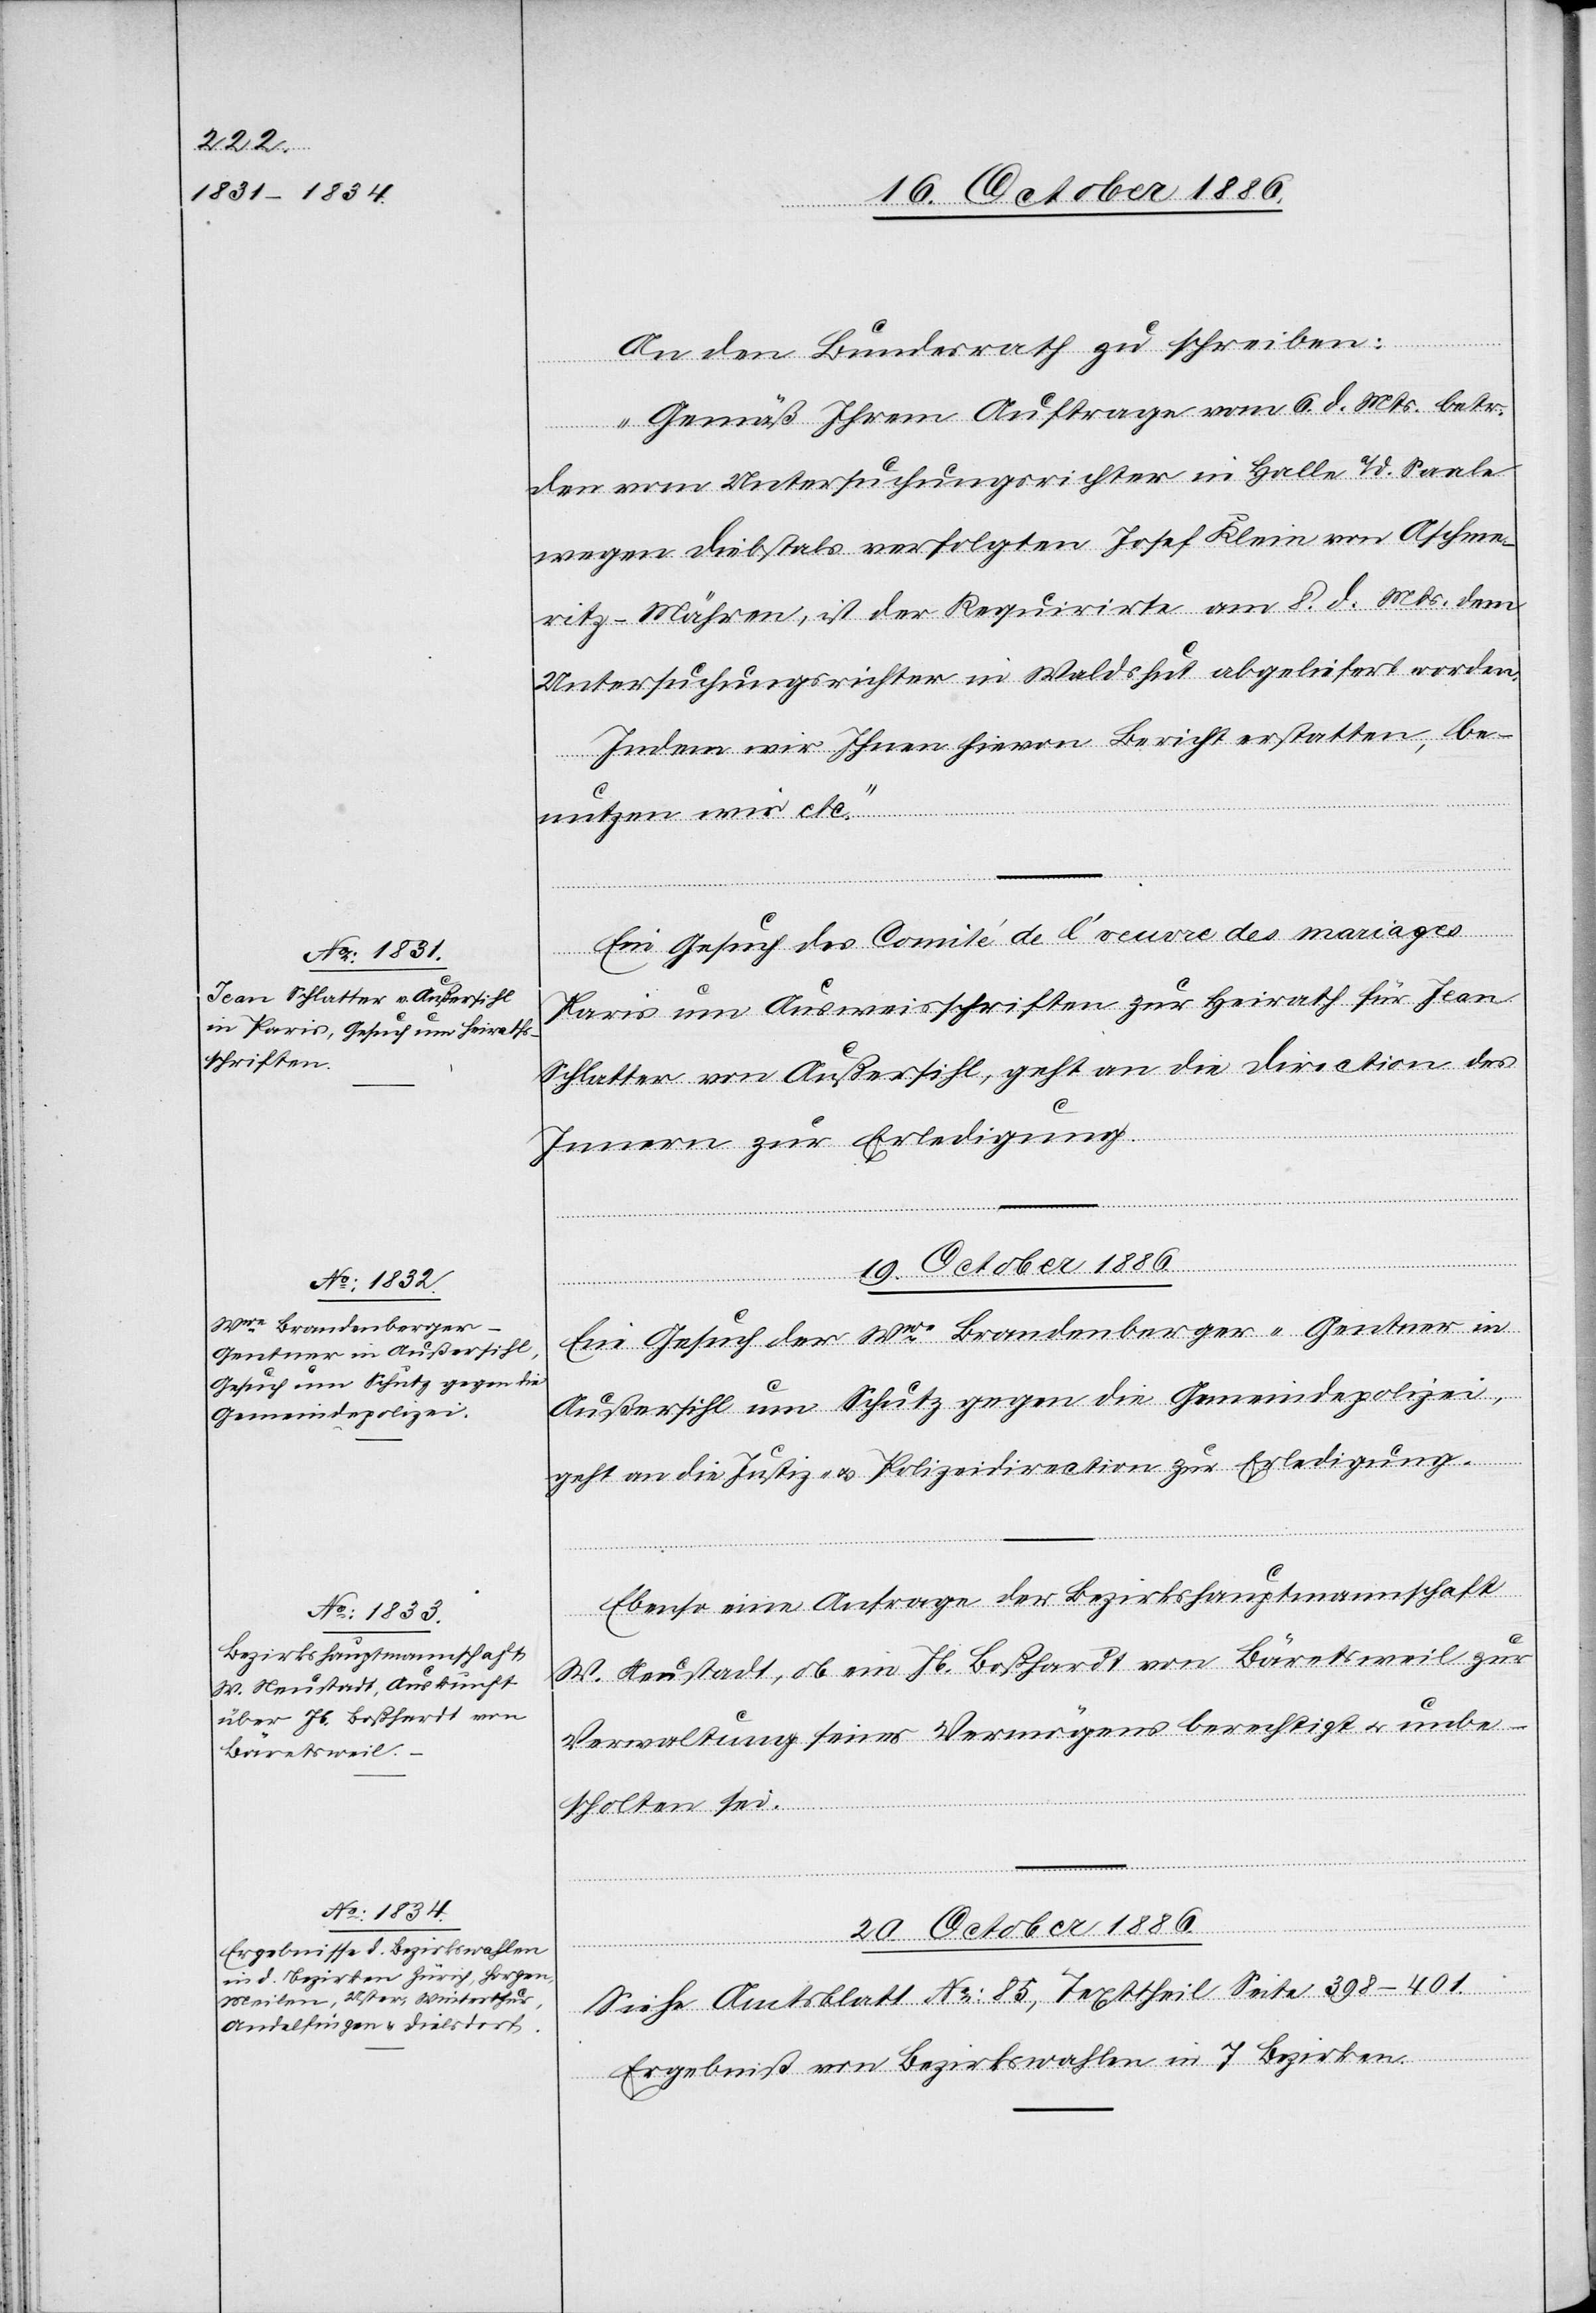
19. October 1886.]
An den Bundesrath zu schreiben:
„Gemäß Ihrem Auftrage vom 6. d. Mts. betr.
den vom Untersuchungsrichter in Halle a/d. Saale
wegen Diebstals verfolgten Josef Klein von Aschme¬
ritz - Mähren, ist der Requirirte am 8. d. Mts. dem
Untersuchungsrichter in Waldshut abgeliefert worden.
Indem wir Ihnen hievon Bericht erstatten, be¬
nutzen wir etc.“
Ein Gesuch des Comité de l’oeuvre des mariages
Paris um Ausweisschriften zur Heirath für Jean
Schlatter von Außersihl, geht an die Direction des
Innern zur Erledigung.
Ein Gesuch der Wwe Brandenberger-Gentner in
Außersihl um Schutz gegen die Gemeindepolizei,
geht an die Justiz- & Polizeidirection zur Erledigung.
Ebenso eine Anfrage der Bezirkshauptmannschaft
W. Neustadt, ob ein Jb. Boßhardt von Bäretsweil zur
Verwaltung seines Vermögens berechtigt & unbe¬
scholten sei.
20. October 1886.
Siehe Amtsblatt No 85, Texttheil Seite 398–401.
Ergebniß von Bezirkswahlen in 7 Bezirken.